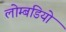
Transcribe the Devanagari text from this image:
लोम्बडियो